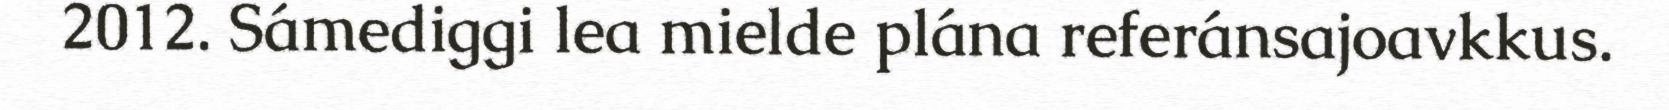
2012. Sámediggi lea mielde plána referánsajoavkkus.